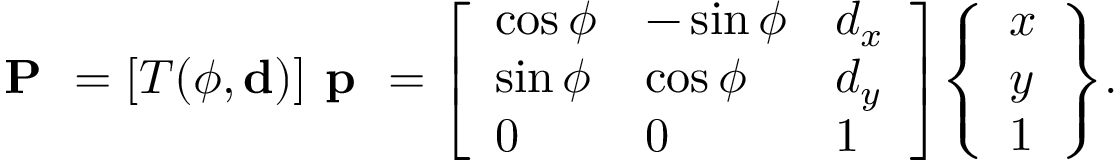
{ \textbf { P } } = [ T ( \phi , \mathbf { d } ) ] { \textbf { p } } = { \left[ \begin{array} { l l l } { \cos \phi } & { - \sin \phi } & { d _ { x } } \\ { \sin \phi } & { \cos \phi } & { d _ { y } } \\ { 0 } & { 0 } & { 1 } \end{array} \right] } { \left\{ \begin{array} { l } { x } \\ { y } \\ { 1 } \end{array} \right\} } .